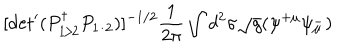
LaTeX: [ \mathrm { d e t } ^ { \prime } ( P _ { 1 / 2 } ^ { \dagger } P _ { 1 / 2 } ) ] ^ { - 1 / 2 } \frac { 1 } { 2 \pi } \int d ^ { 2 } \sigma \sqrt { g } ( \psi ^ { + \mu } \psi _ { \mu } ^ { - } )